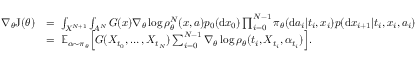
\begin{array} { r l } { \nabla _ { \theta } \mathrm { J } ( \theta ) } & { = \; \int _ { { \cal X } ^ { N + 1 } } \int _ { A ^ { N } } G ( \boldsymbol { x } ) \nabla _ { \theta } \log \boldsymbol { \rho } _ { \theta } ^ { N } ( \boldsymbol { x } , \boldsymbol { a } ) p _ { 0 } ( \mathrm { d } x _ { 0 } ) \prod _ { i = 0 } ^ { N - 1 } \pi _ { \theta } ( \mathrm { d } a _ { i } | t _ { i } , x _ { i } ) p ( \mathrm { d } x _ { i + 1 } | t _ { i } , x _ { i } , a _ { i } ) } \\ & { = \; \mathbb { E } _ { \alpha \sim \pi _ { \theta } } \Big [ G ( X _ { t _ { 0 } } , \ldots , X _ { t _ { N } } ) \sum _ { i = 0 } ^ { N - 1 } \nabla _ { \theta } \log \rho _ { \theta } ( t _ { i } , X _ { t _ { i } } , \alpha _ { t _ { i } } ) \Big ] . } \end{array}